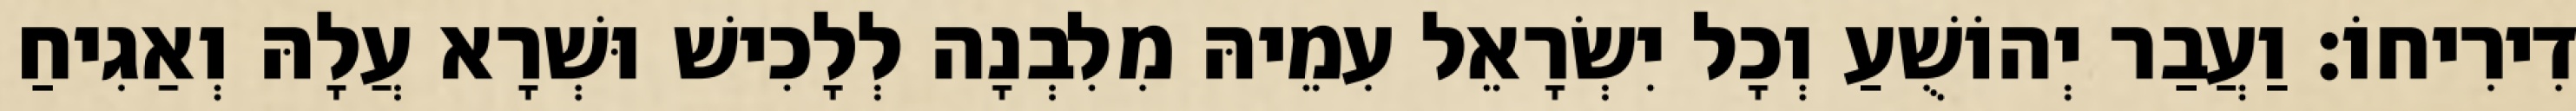
דִירִיחוֹ׃ וַעֲבַר יְהוֹשֻׁעַ וְכָל יִשְׂרָאֵל עִמֵיהּ מִלִבְנָה לְלָכִישׁ וּשְׁרָא עֲלָהּ וְאַגִיחַ